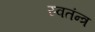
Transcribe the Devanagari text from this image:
स्वतंन्त्र